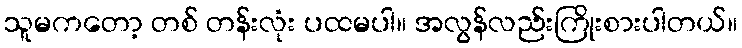
သူမကတော့ တစ် တန်းလုံး ပထမပါ။ အလွန်လည်းကြိုးစားပါတယ်။